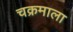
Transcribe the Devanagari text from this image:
चक्रमाला